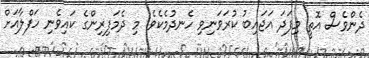
ދެންވެސް އޮތީ މިފަދަ އަޖައިބު ކުރަވަނިވި ހެނދުމެކެވެ. މި ދެމަފިރިންގެ ކައިވެނި ހަފްލާއަށް